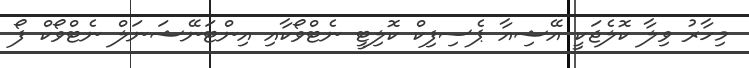
މިހާރު ވިލާ ކޮލެޖަކީ އޭޝިއާ ޕެސިފިކް ކޮލިޓީ ނެޓްވޯކާއި އިންޓަނޭޝަނަލް ނެޓްވޯކް ފޯ